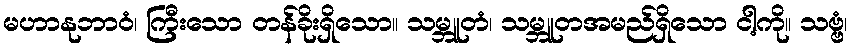
မဟာနုဘာဝံ၊ ကြီးသော တန်ခိုးရှိသော။ သမ္ဘူတံ၊ သမ္ဘူတအမည်ရှိသော ငါ့ကို။ သဗ္ဗံ၊